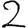
Digit: 2